Plague in India, 1896, 1897 - Volume 1
Year: 1896
Disease focus: Plague
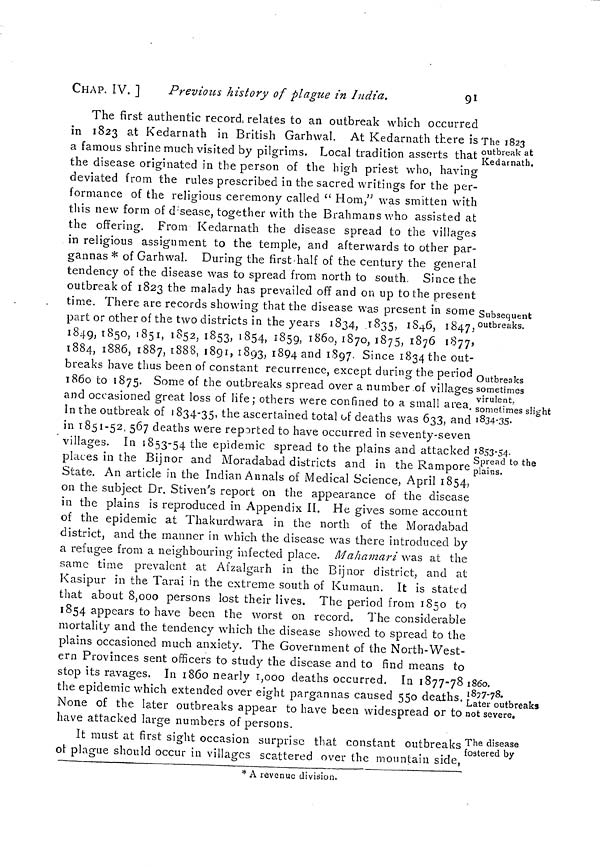
CHAP. IV. ]
Previous history of plague in Indict.
91
The 1823
outbreak at
Kedarnath.
Subsequent
outbreaks.
Outbreaks
sometimes
virulent,
sometimes slight
1834-35-
1853-54-
Spread to the
plains.
1860.
1877-78.
Later outbreaks
not severe.
The first authentic record, relates to an outbreak which occurred
in 1823 at Kedarnath in British Garhwal. At Kedarnath there is
a famous shrine much visited by pilgrims. Local tradition asserts that
the disease originated in the person of the high priest who, having
deviated from the rules prescribed in the sacred writings for the per-
formance of the religious ceremony called " Horn," was smitten with
this new form of d sease, together with the Brahmans who assisted at
the offering. From Kedarnath the disease spread to the villages
in religious assignment to the temple, and afterwards to other par-
gannas * of Garhwal. During the first-half of the century the general
tendency of the disease was to spread from north to south. Since the
outbreak of 1823 the malady has prevailed off and on up to the present
time. There are records showing that the disease was present in some
part or other of the two districts in the years 1834, 1835, 1846, 1847,
1849, 1850, 1851, 1852, 1853, 1854, 1859, 1860, 1870, 1875, 1876 1877,
1884, 1886, 1887, 1888, 1891, 1893, 1894 and 1897. Since 1834 the out-
breaks have thus been of constant recurrence, except during the period
1860 to 1875. Some of the outbreaks spread over a number of villages
and occasioned great loss of life; others were confined to a small area.
In the outbreak of 1834-35, the ascertained total of deaths was 633, and
in 1851-52, 567 deaths were reported to have occurred in seventy-seven
villages. In 1853-54 the epidemic spread to the plains and attacked
places in the Bijnor and Moradabad districts and in the Rampore
State. An article in the Indian Annals of Medical Science, April 1854,
on the subject Dr. Stiven's report on the appearance of the disease
in the plains is reproduced in Appendix II. He gives some account
of the epidemic at Thakurdwara in the north of the Moradabad
district, and the manner in which the disease was there introduced by
a refugee from a neighbouring infected place. Maliamari was at the
same time prevalent at Afzalgarh in the Bijnor district, and at
Kasipur in the Tarai in the extreme south of Kumaun. It is stated
that about 8,000 persons lost their lives. The period from 1850 to
1854 appears to have been the worst on record. The considerable
mortality and the tendency which the disease showed to spread to the
plains occasioned much anxiety. The Government of the North-West-
ern Provinces sent officers to study the disease and to find means to
stop its ravages. In 1860 nearly 1,000 deaths occurred. In 1877-78
the epidemic which extended over eight pargannas caused 550 deaths.
None of the later outbreaks appear to have been widespread or to
have attacked large numbers of persons.
The disease
fostered by
It must at first sight occasion surprise that constant outbreaks
of plague should occur in villages scattered over the mountain side,
* A revenue division.